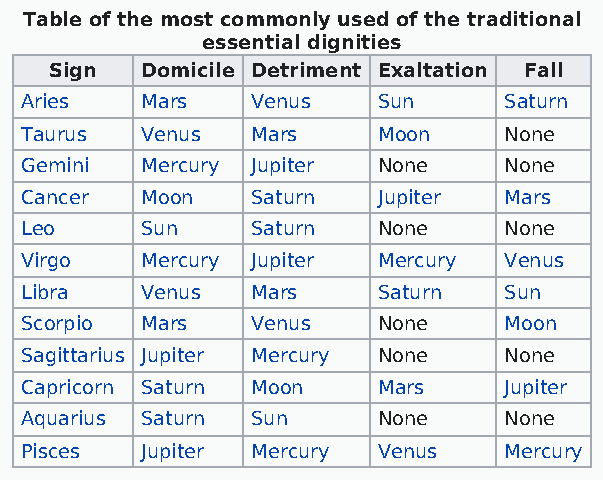
Table of the most commonly used of the traditional
 essential dignities
 Sign  Domicile Detriment Exaltation Fall
 Aries   Mars    Venus   Sun     Saturn
 Taurus  Venus   Mars    Moon    None
 Gemini  Mercury Jupiter None    None
 Cancer  Moon    Saturn  Jupiter Mars
 Leo     Sun     Saturn  None    None
 Virgo   Mercury Jupiter Mercury Venus
 Libra   Venus   Mars    Saturn  Sun
 Scorpio Mars    Venus   None    Moon
 Sagittarius Jupiter Mercury None None
 Capricorn Saturn Moon   Mars    Jupiter
 Aquarius Saturn Sun     None    None
 Pisces  Jupiter Mercury Venus   Mercury